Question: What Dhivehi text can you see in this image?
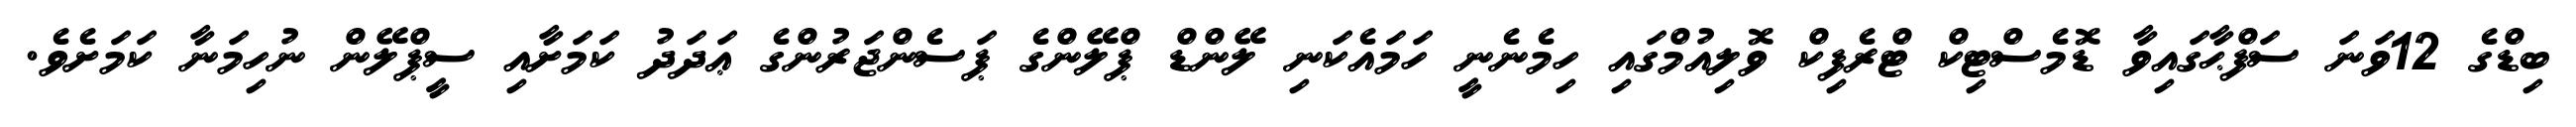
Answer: ބިޑްގެ 12ވަނަ ސަފްޙާގައިވާ ޑޮމެސްޓިކް ޓްރެފިކް ވޮލިއުމްގައި ހިމެނެނީ ހަމައެކަނި ލޭންޑް ޕްލޭންގެ ޕަސެންޖަރުންގެ ޢަދަދު ކަމަށާއި ސީޕްލޭން ނުހިމަނާ ކަމަށެވެ.